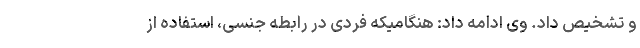
و تشخیص داد. وی ادامه داد: هنگامیکه فردی در رابطه جنسی، استفاده از